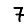
Digit: 7